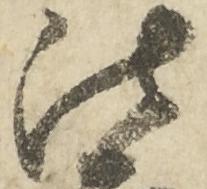
法